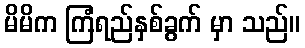
မိမိက ကြံရည်နှစ်ခွက် မှာ သည်။